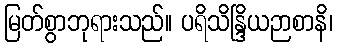
မြတ်စွာဘုရားသည်။ ပရိသိန္ဒြိယဉာစာနိ၊